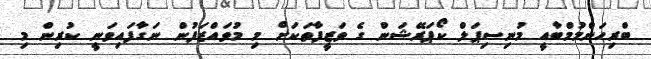
ބްރިހަންމުމްބާއީ މުނިސިޕަލް ކޯޕަރޭޝަން ގެ ވަޒީފާތަކަށް މި މުވައްޒަފުން ނަގާފައިވަނީ ކުރިން މި